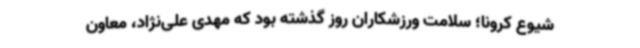
شیوع کرونا؛ سلامت ورزشکاران روز گذشته بود که مهدی علی‌نژاد، معاون